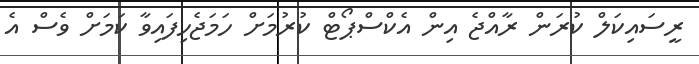
ރީސައިކަލް ކުރަން ރާއްޖެ އިން އެކްސްޕޯޓް ކުރުމަށް ހަމަޖެހިފައިވާ ކަމަށް ވެސް އެ